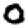
Digit: 0